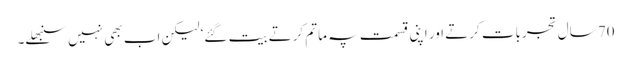
70 سال تجربات کرتے اور اپنی قسمت پہ ماتم کرتے بیت گئے‘ لیکن اب بھی نہیں سنبھلے۔